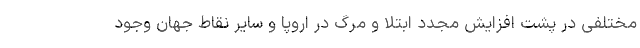
مختلفی در پشت افزایش مجدد ابتلا و مرگ در اروپا و سایر نقاط جهان وجود